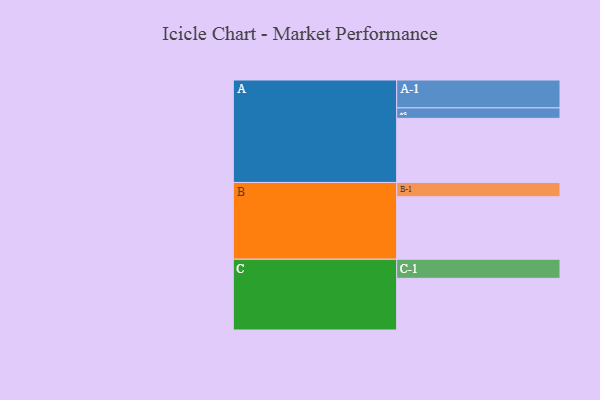
{"axis": {"x": "Segment", "y": "Value"}, "legend": ["", "A", "B", "C"], "data": [{"x": "A", "y": 582, "type": ""}, {"x": "B", "y": 567, "type": ""}, {"x": "C", "y": 469, "type": ""}, {"x": "A-1", "y": 253, "type": "A"}, {"x": "A-2", "y": 95, "type": "A"}, {"x": "B-1", "y": 130, "type": "B"}, {"x": "C-1", "y": 173, "type": "C"}]}